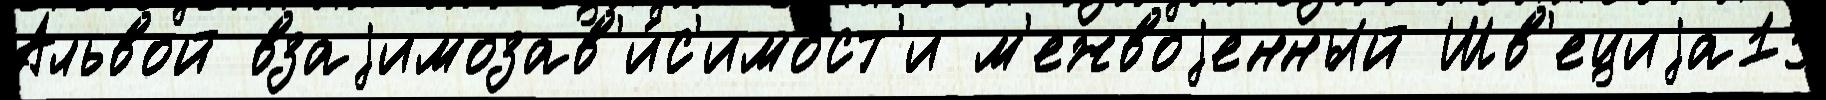
Альвой взаjимозав'и́с'имост'и м'ежвоjенный Шв'ециjа13